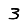
Digit: 3